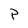
Character: p